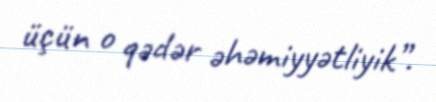
üçün o qədər əhəmiyyətliyik”.